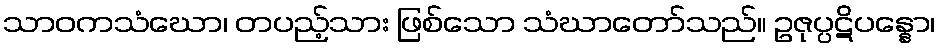
သာဝကသံဃော၊ တပည့်သား ဖြစ်သော သံဃာတော်သည်။ ဥဇုပ္ပဋိပန္နော၊